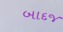
બાદજ